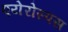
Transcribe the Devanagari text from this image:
एयेरोस्पस